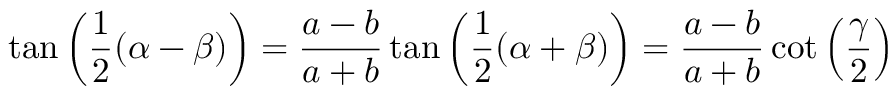
\tan \left( { \frac { 1 } { 2 } } ( \alpha - \beta ) \right) = { \frac { a - b } { a + b } } \tan \left( { \frac { 1 } { 2 } } ( \alpha + \beta ) \right) = { \frac { a - b } { a + b } } \cot \left( { \frac { \gamma } { 2 } } \right)